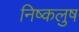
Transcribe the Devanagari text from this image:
निष्कलुष